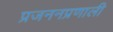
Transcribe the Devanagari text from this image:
प्रजननप्रणाली